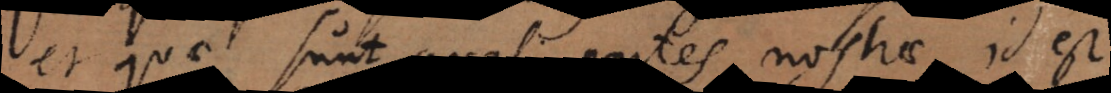
et quae sunt quasi partes nostrae, id est